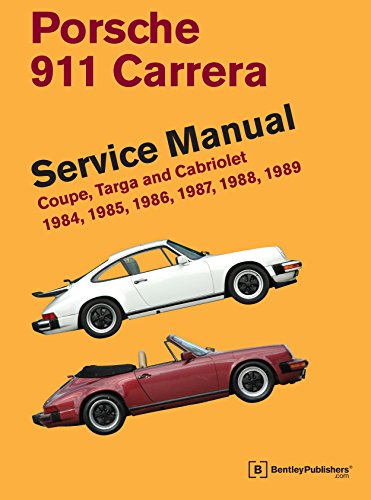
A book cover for Porsche 911 Carrera Service Manual: 1984, 1985, 1986, 1987, 1988, 1989; Bentley Publishers; Engineering & Transportation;